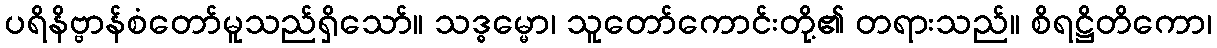
ပရိနိဗ္ဗာန်စံတော်မူသည်ရှိသော်။ သဒ္ဓမ္မော၊ သူတော်ကောင်းတို့၏ တရားသည်။ စိရဋ္ဌိတိကော၊